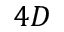
4 D